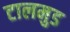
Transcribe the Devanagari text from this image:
टालमुड